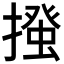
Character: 𢳰